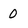
Character: 0